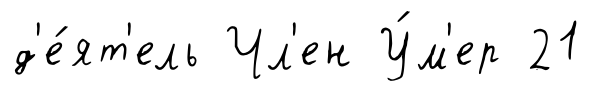
д'е́ят'ель Чл'ен У́м'ер 21